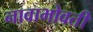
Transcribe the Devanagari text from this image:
नावाभोवती